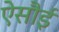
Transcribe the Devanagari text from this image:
ऐसौई